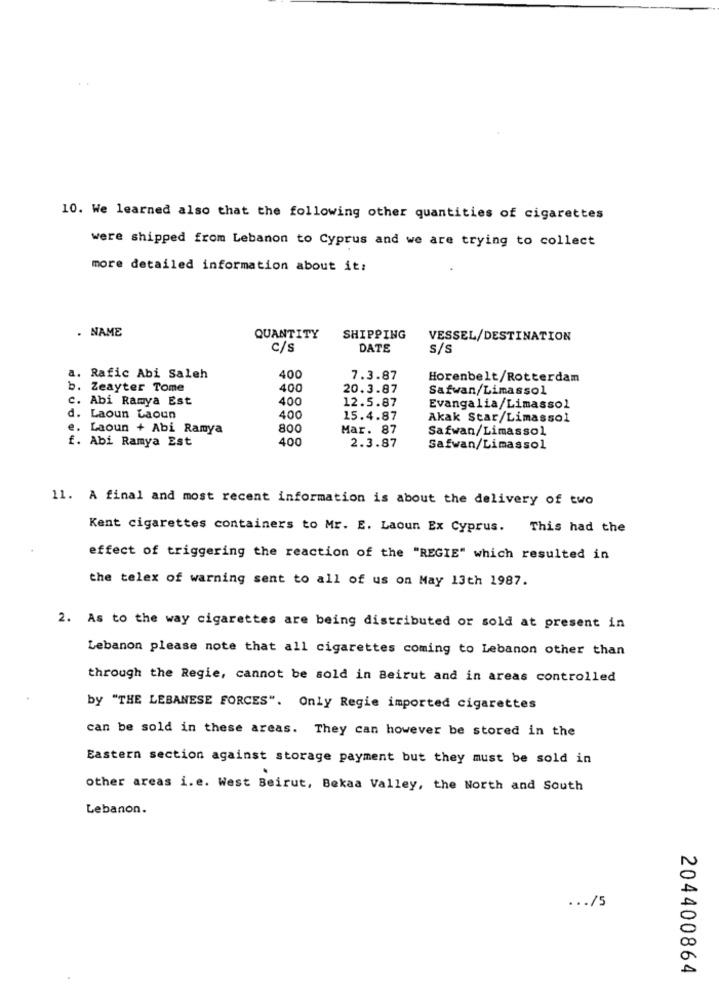
10. We learned also that the following other quantities of cigarettes
were shipped from Lebanon to Cyprus and we are trying to collect
more detailed information about it:
. NAME
QUANTITY
SHIPPING
VESSEL/DESTINATION
C/s
DATE
S/s
a. Rafic Abi Saleh
400
7.3.87
Horenbelt/Rotterdam
b. Zeayter Tome
400
20.3.87
Safwan/Limassol
c. Abi Ramya Est
400
12.5.87
Evangalia/Limassol
d. Laoun Laoun
400
15.4.87
Akak Star/Limassol
e. Laoun + Abi Ramya
800
Mar. 87
Safwan/Limassol
f. Abi Ramya Est
400
2.3.87
Safwan/Limassol
11. A final and most recent information is about the delivery of two
Kent cigarettes containers to Mr. E. Laoun Ex Cyprus. This had the
effect of triggering the reaction of the "REGIE" which resulted in
the telex of warning sent to all of us on May 13th 1987.
2. As to the way cigarettes are being distributed or sold at present in
Lebanon please note that all cigarettes coming to Lebanon other than
through the Regie, cannot be sold in Beirut and in areas controlled
by "THE LEBANESE FORCES". Only Regie imported cigarettes
can be sold in these areas. They can however be stored in the
Eastern section against storage payment but they must be sold in
other areas i.e. West Beirut, Bekaa Valley, the North and South
Lebanon.
... /5
204400864